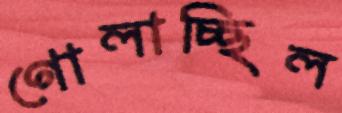
গোলাচ্ছিল